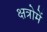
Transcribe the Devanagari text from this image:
क्षत्रोमें